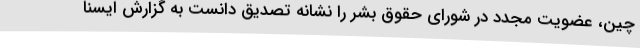
چین، عضویت مجدد در شورای حقوق بشر را نشانه تصدیق دانست به گزارش ایسنا